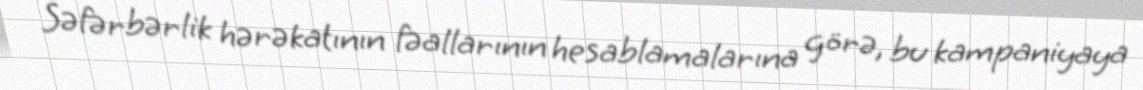
Səfərbərlik hərəkatının fəallarının hesablamalarına görə, bu kampaniyaya